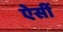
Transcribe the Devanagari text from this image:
ऐसीं